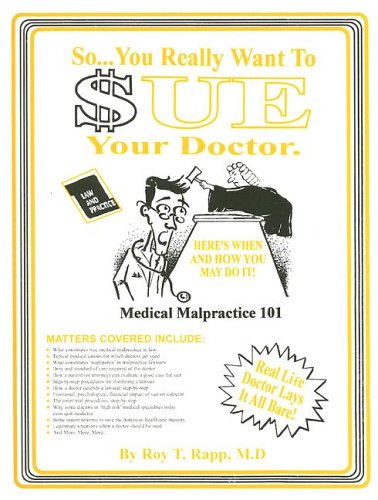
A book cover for So You Really Want to Sue Your Doctor!: Here's When and How You May Do It.: Medical Malpractice 101; Roy T. Rapp; Law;